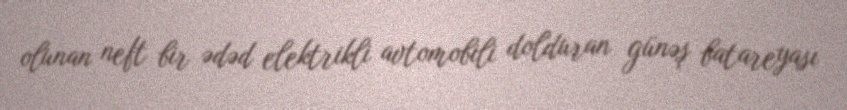
olunan neft bir ədəd elektrikli avtomobili dolduran günəş batareyası